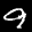
Label: 9